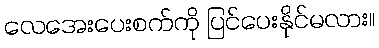
လေအေးပေးစက်ကို ပြင်ပေးနိုင်မလား။